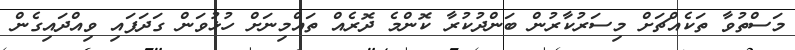
މަސްތުވާ ތަކެއްޗަށް މިސަރުކާރުން ބަންދުކުރާ ކޮންމެ ދޮރެއް ތައްމިނަށް ހުޅުވަން ގަދަފައި ވިއްދައިގެން